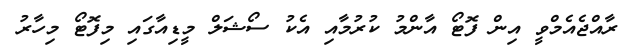
ރާއްޖެއެމްވީ އިން ފޮޓޯ އާންމު ކުރުމާއި އެކު ސޯޝަލް މީޑިއާގައި މިފޮޓޯ މިހާރު